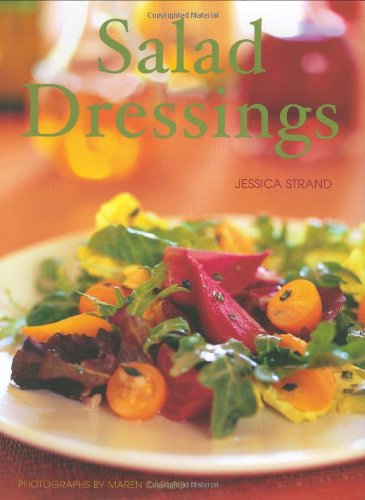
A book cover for Salad Dressings; Jessica Strand; Cookbooks, Food & Wine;